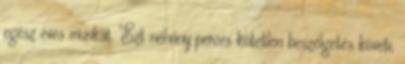
egész éves munkát. Ezt néhány perces kötetlen beszélgetés követi,